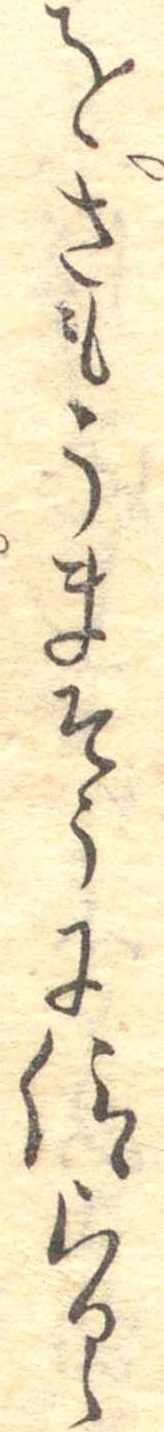
をさもうまそうに語らるゝ